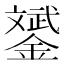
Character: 𨭉